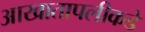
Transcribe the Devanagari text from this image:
आखातापलीकडे